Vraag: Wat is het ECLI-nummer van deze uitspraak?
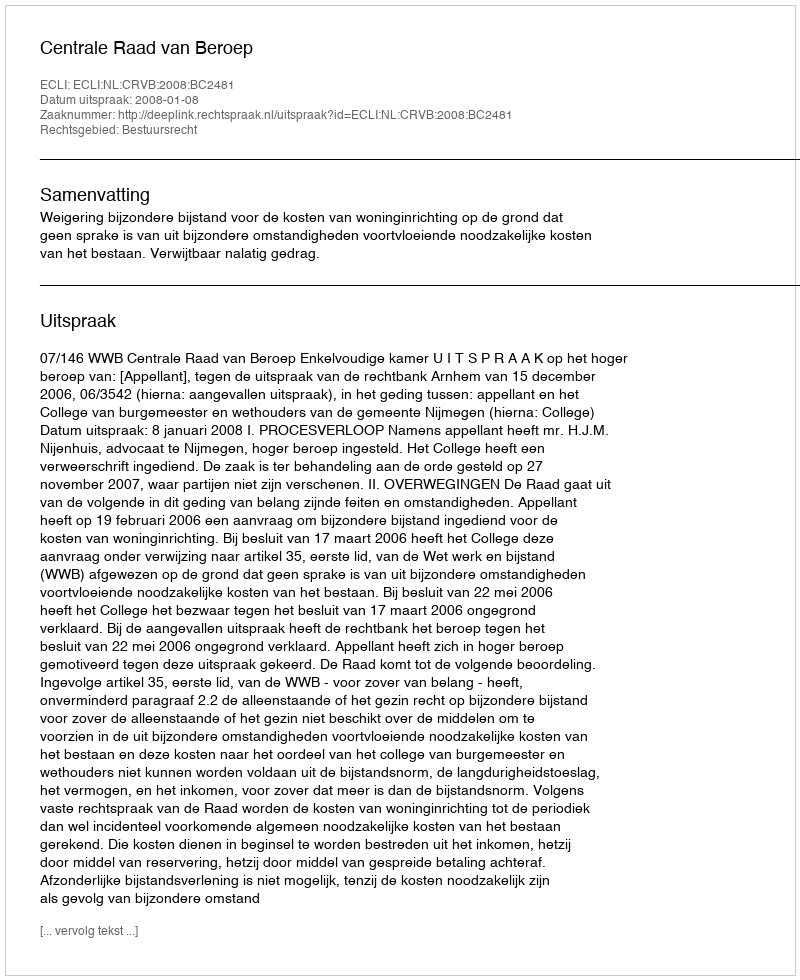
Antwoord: ECLI:NL:CRVB:2008:BC2481